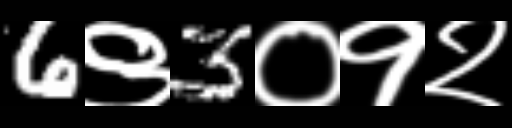
Text: 6९3०१२